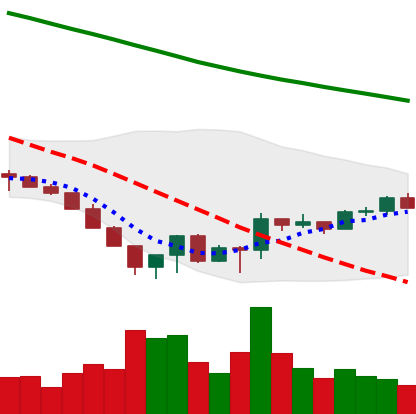
Ticker: LTC-USD
Chart end date: 2022-06-26
Forward return: -10.129%
Label: down_7plus